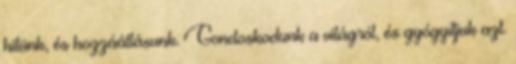
hitünk, és hozzáállásunk. Gondoskodunk a világról, és gyógyítjuk azt.